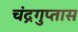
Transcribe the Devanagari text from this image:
चंद्रगुप्तास